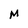
Character: M